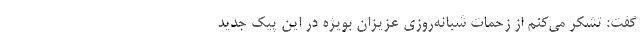
گفت: تشکر می‌کنم از زحمات شبانه‌روزی عزیزان بویژه در این پیک جدید